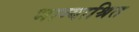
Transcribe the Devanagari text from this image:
भाग्याश्रित